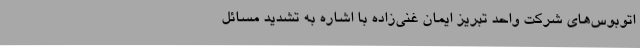
اتوبوس‌های شرکت واحد تبریز ایمان غنی‌زاده با اشاره به تشدید مسائل